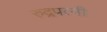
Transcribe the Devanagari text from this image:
रुद्रपत्नी